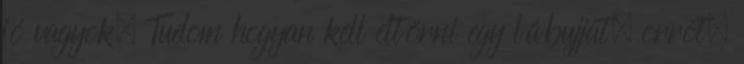
jó vagyok. Tudom hogyan kell eltörni egy lábujjat, orrot,